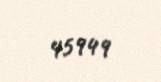
45949